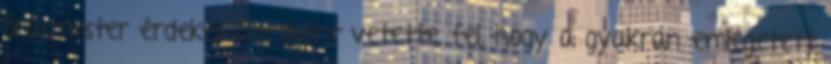
órásmester érdekes ötletként vetette fel, hogy a gyakran emlegetett